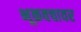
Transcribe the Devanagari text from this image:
भूकवचावर